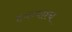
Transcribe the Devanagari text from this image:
हयन्याश्च